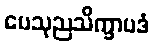
ပေသုညသိက္ခာပဒံ